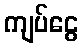
ကျပ်ငွေ